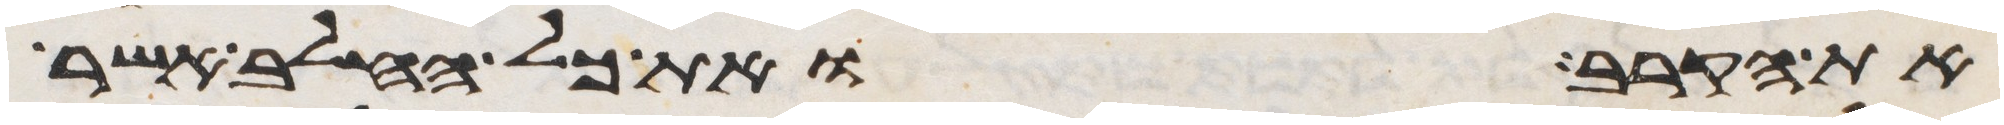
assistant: את הקרב ואת כל החלב אשר